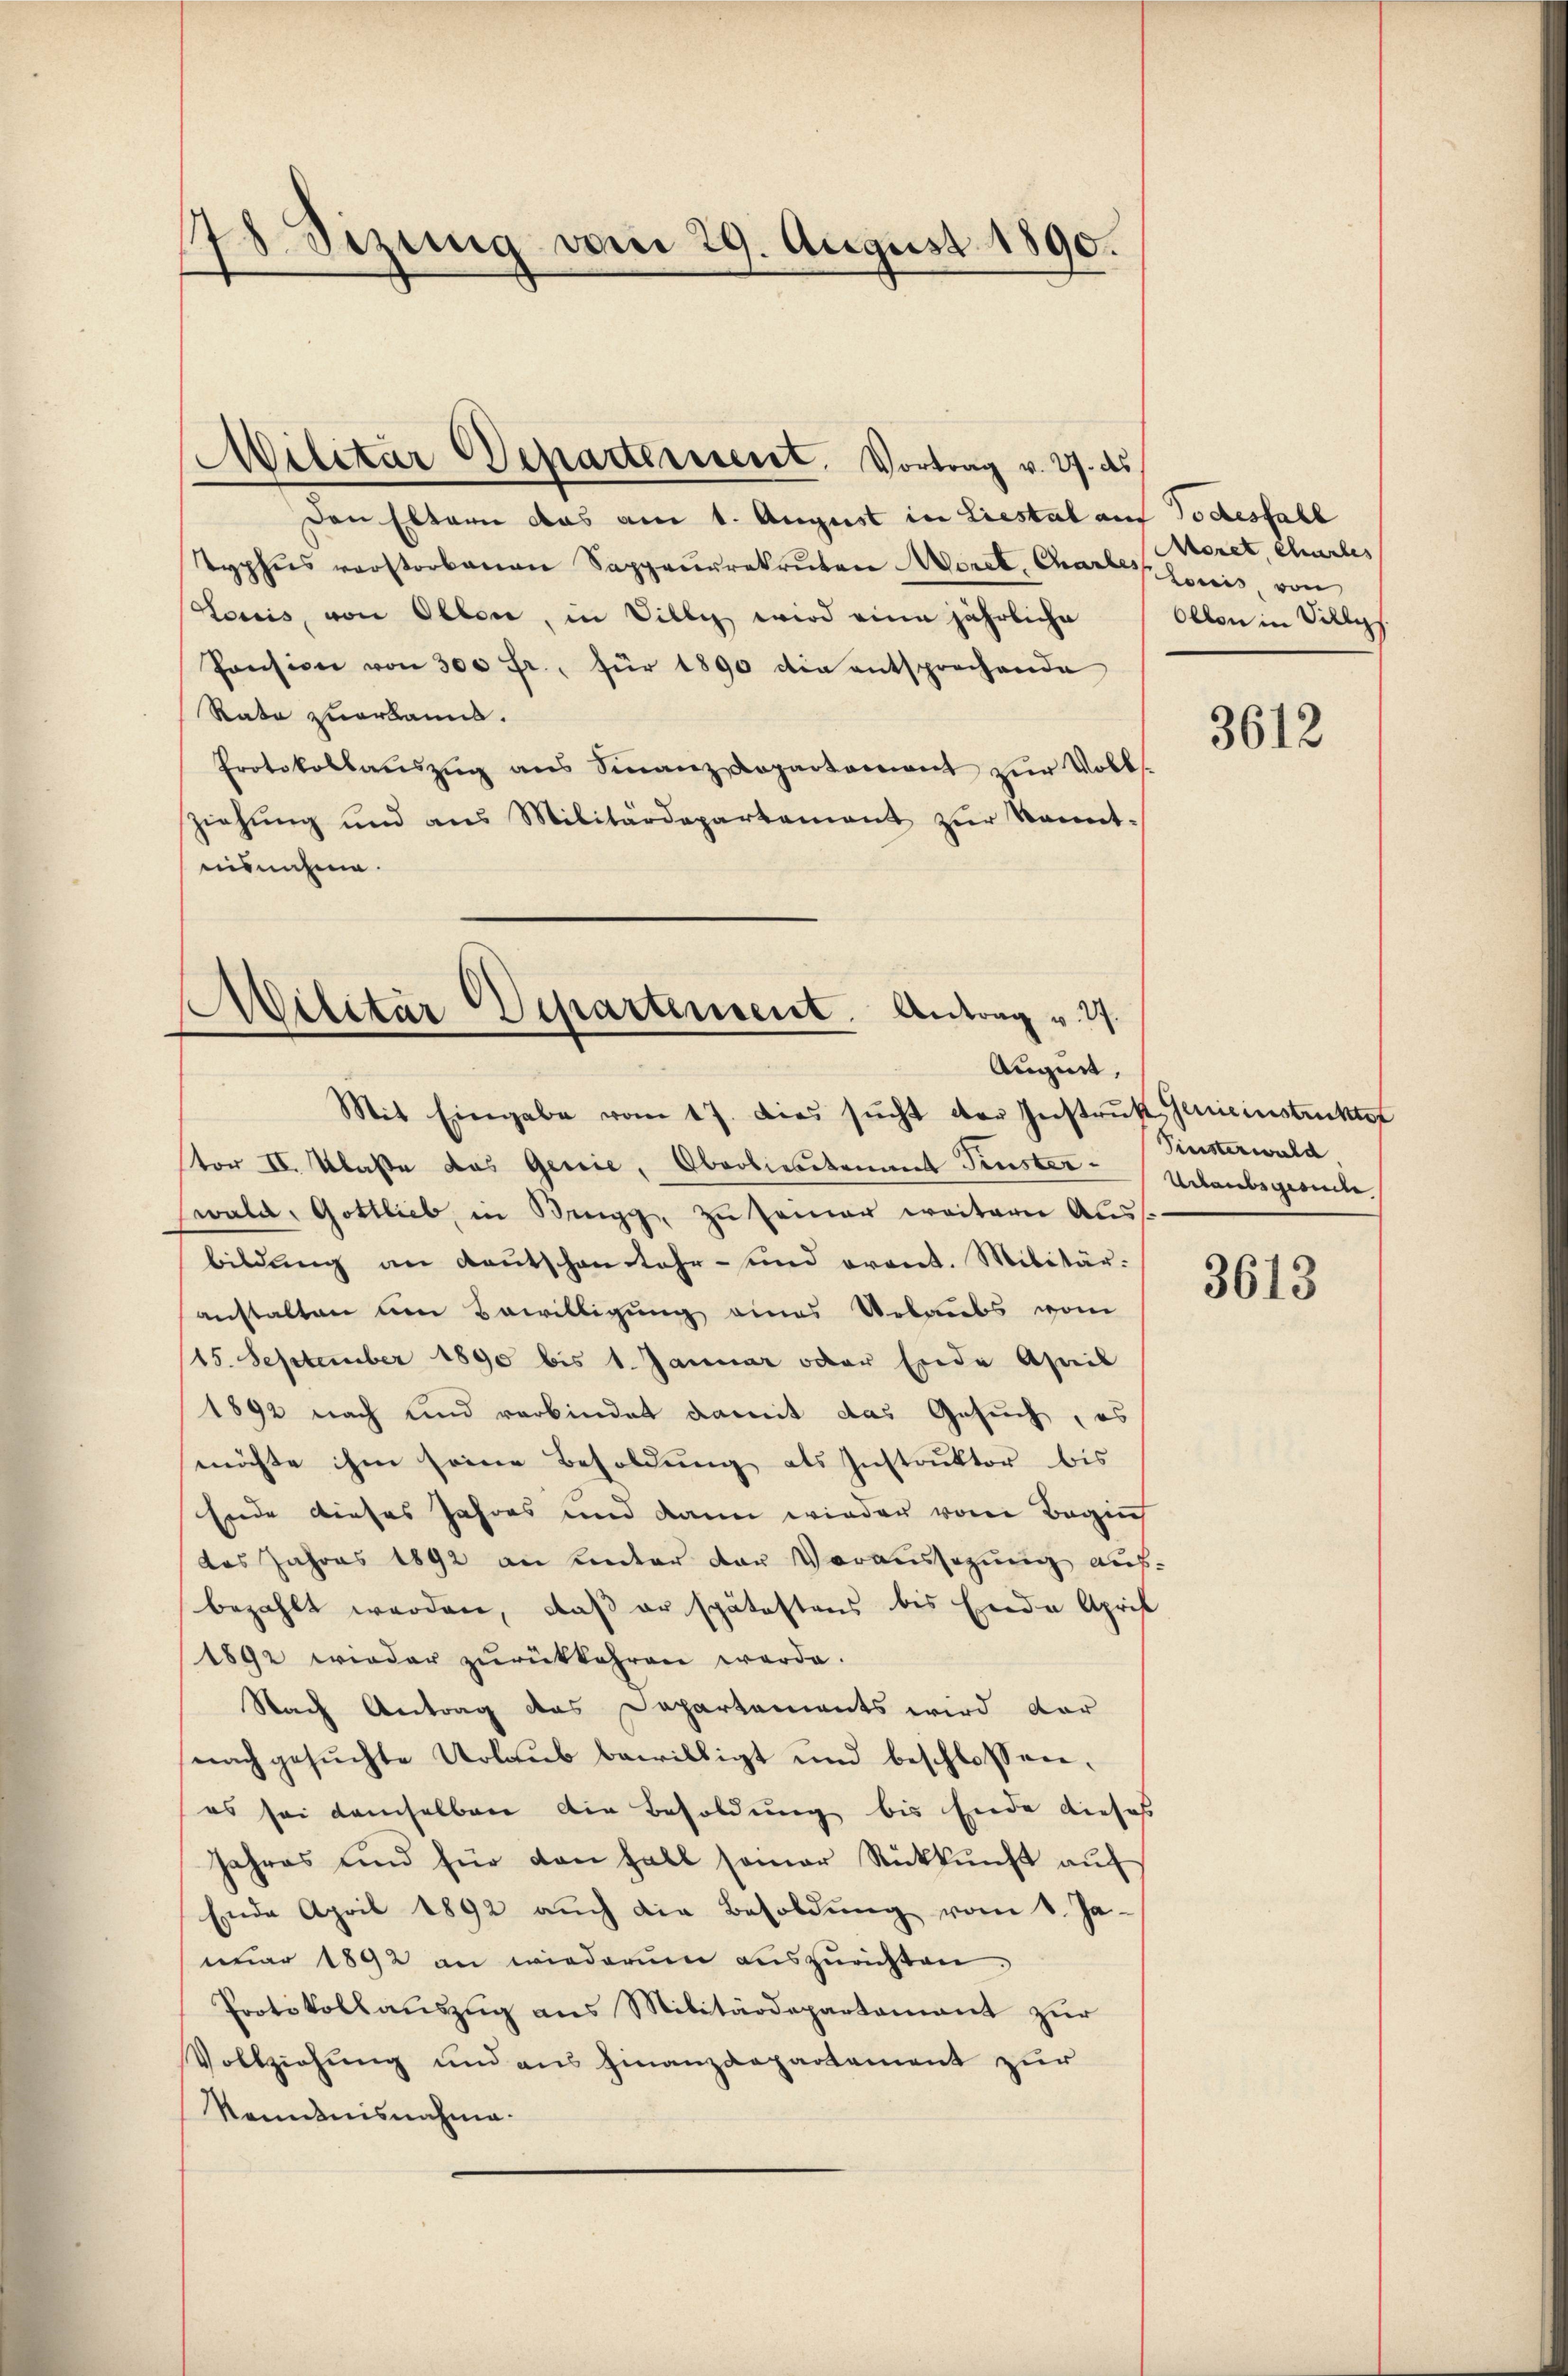
178. Sizung vom 29. August 1890.

Den Eltern das am 1. August in Liestal auf Todesfall
typhus verstorbenen Sappeurrekruten Morel, Chartes bonis, von
Louis, von Olten, in Dilly wird eine jährliche
Pension von 300 fr., für 1890 die entsprechende
Rata zuerkannt.
Protokollaŭszŭg ans Finanz-Dopartement zŭr Volks-
ziehung und aus Militärdepartement zur kanntnisnahme.

Militar Departement. Vortrag v. 27. ds

Militär Departement. Antrag v. 27.
Augen,
Mit Eingabe vom 17. dies sucht der Instrukt Gereinstrukte

tor II. Klaße das Genie, Oberliesstenant Finster. Kusterwald
wald, Gottlieb, in Brugg, zu seiner weitern Ausbildung an Kautschen Lehr- und oront. Militäranstalten um Bewilligung eines Urlaubs vom
15. September 1890 bis 1. Januar oder Ende April
1892 nach und verbindet damit das Gesuch, es
möchte ihm seine Besoldung als Instruktor bis
Ende dieses Jahres und dann wieder von Begin
das Jahres 1892 an unter von Voraussezung aus-
bezahlt werden, daß er spätestens bis Ende April
1892 wieder zŭrückkehren werde.
Nach Antrag des Departements wird dar
nachgesuchte Urlaub bewilligt und beschlossen,
es sei demselben die Besoldung bis Ende dieses
Jahres und für den Fall sonar Rückkŭnft aŭf
Ende April 1892 aŭch die Besoldŭng vom 8. Ja-
nuar 1892 an wiederum auszurichten.
Protokollauszug aus Militärdepartement zur
Vollziehung und aus Finanzdepartement zur
Nenntnisnahme.

Meret, chartes
Ollen in Silly

3612

Urlaubsgesiede

3613